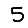
Digit: 5